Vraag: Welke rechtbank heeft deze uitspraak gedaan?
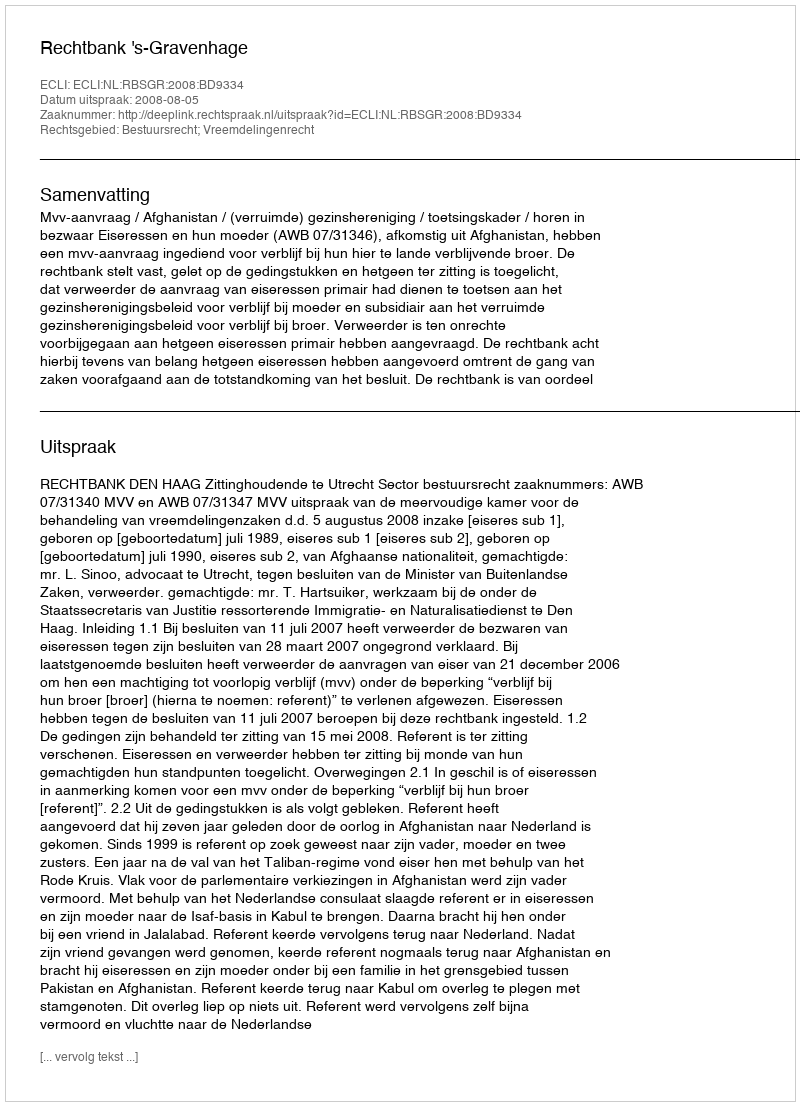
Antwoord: Rechtbank 's-Gravenhage